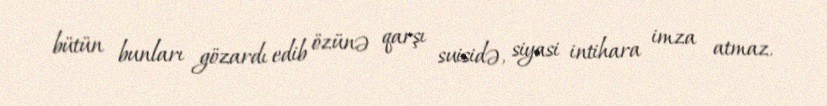
bütün bunları gözardı edib özünə qarşı suisidə, siyasi intihara imza atmaz.